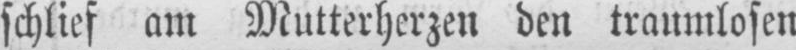
schlief am Mutterherzen den traumlosen